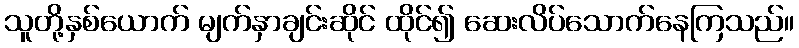
သူတို့နှစ်ယောက် မျက်နှာချင်းဆိုင် ထိုင်၍ ဆေးလိပ်သောက်နေကြသည်။